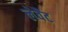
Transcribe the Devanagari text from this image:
लेवैंट